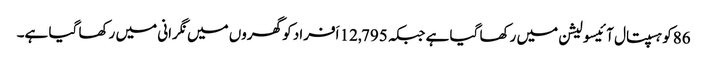
86کو ہسپتال آئیسولیشن میں رکھا گیا ہے جبکہ 12,795 اَفراد کو گھروں میں نگرانی میں رکھا گیا ہے۔